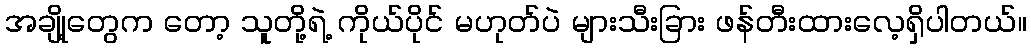
အချို့တွေက တော့ သူတို့ရဲ့ ကိုယ်ပိုင် မဟုတ်ပဲ များသီးခြား ဖန်တီးထားလေ့ရှိပါတယ်။